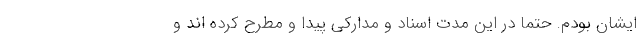
ایشان بودم. حتما در این مدت اسناد و مدارکی پیدا و مطرح کرده اند و